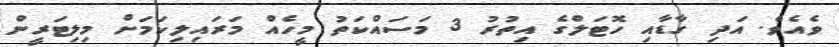
ވެއެވެ. އަދި ގާޑާއި ހޮޓަލްގެ އިތުރު 3 މަސައްކަތު މީހެއް މަރައިލިކަމަށް މިލިޓަރީން